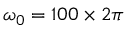
\omega _ { 0 } = 1 0 0 \times 2 \pi